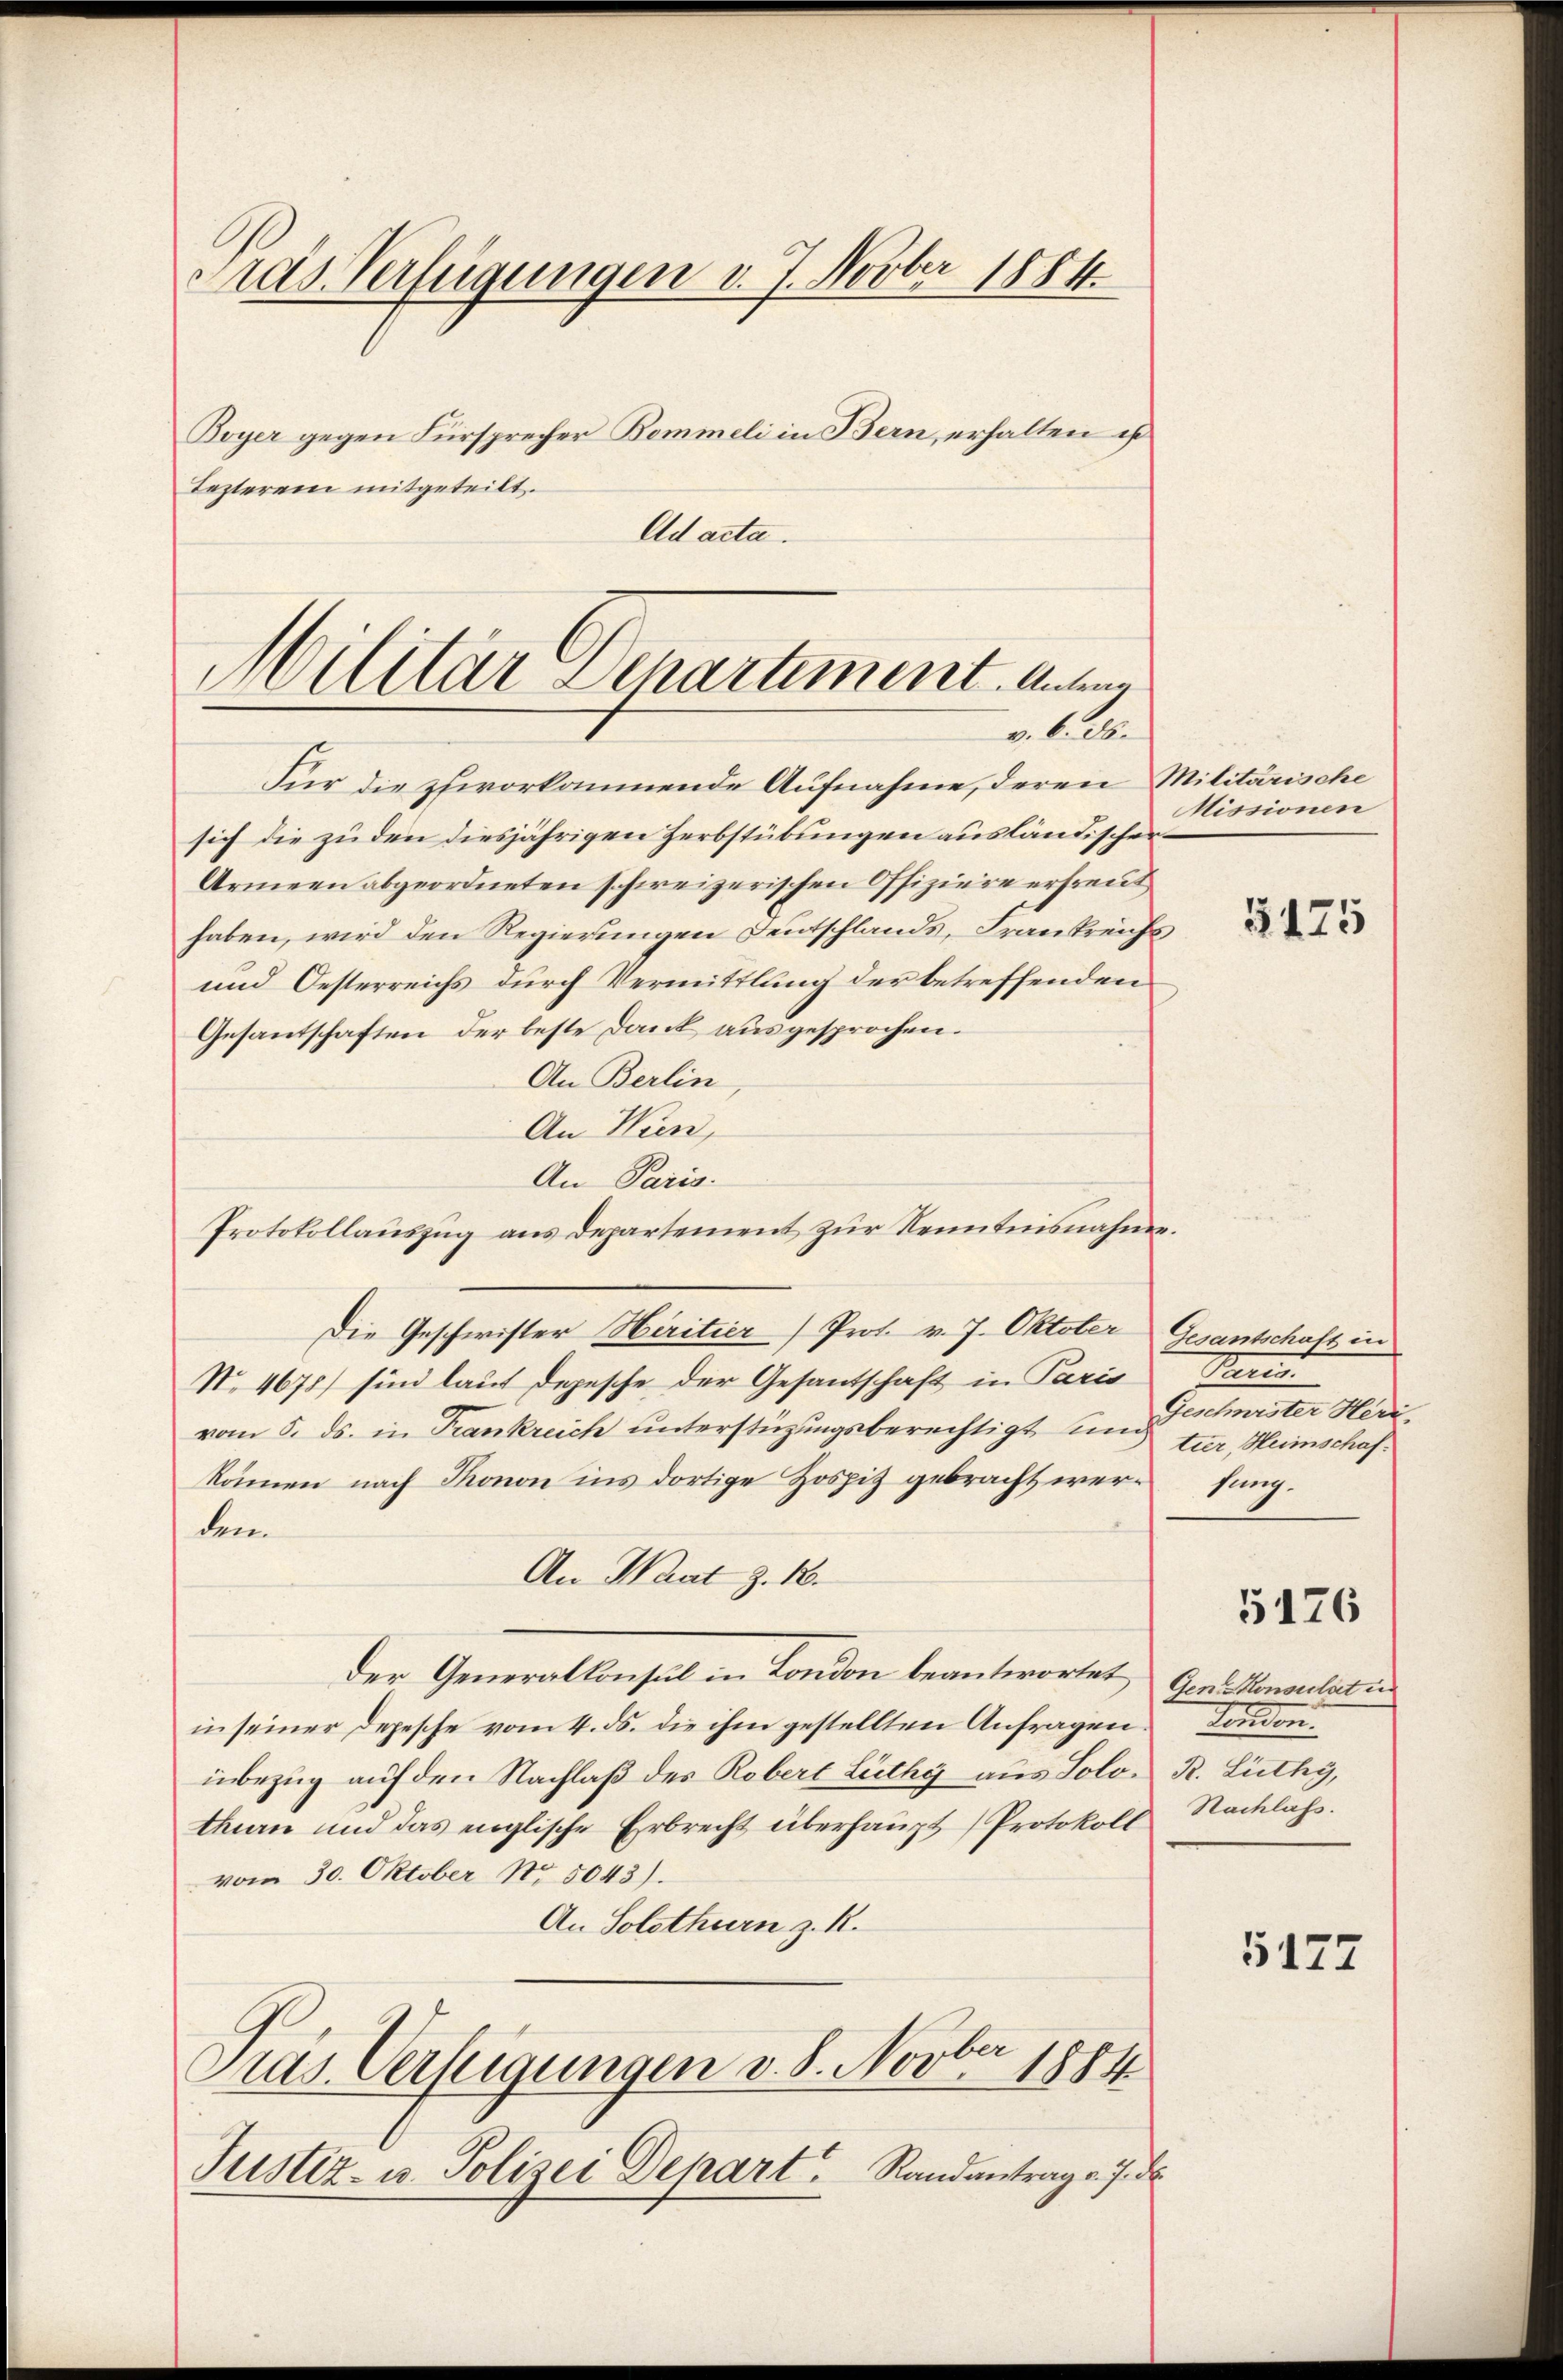
Gras Verfügungen v. J. Novber 1884.
Boyer gegen Fürsprecher Bommeli in Bern, erhalten ist
Tezterem mitgeteilt.

Ad acta.

Militär Departement. Antwor
alben

Für die phivorkommende Aufnahme, deren Militärische
sich die zu den diesjährigen Herbstübungen ausländischer
Armeen abgeordneten schweizerischen Offiziere erfreut
haben, wird den Regierungen Deutschlands, Frankreichs
und Oesterreichs durch Vermittlung der betreffenden
Gesandtschaften der beste Dank ausgesprochen.
An Berlin
An Wien,
An Paris.
Protokollauszug aus Departement zur Kenntnisnahme.
Die Geschwister Hiritier Prot. v. J. Oktober Gesantschaft in
No. 4675) sind laut Depesche der Gesantschaft in Paris
vom 5. ds. in Frankreich unterstüzungsberechtigt und
können nach Thonon ins dortige Hospiz gebracht werdem
An Waat z. 18.
der Generallonsul in London beantwortet, Gerüstensulat in
in seiner Depesche vom 4. ds. die ihm gestellten Anfragen.
inbezug auf den Nachlaß des Robert Lüthy aus Solo- R. Lüthy,
thurn und das englische Erbrecht überhaupt (Protokoll Nachlass.
vom 30. Oktober No. 5043).
An Solothurn z. R.
Präs. Verfügungen v. 8. Novber 1884
Justiz- u. Polizei Depart. Randantrag v. 7. d

Missionen

3175

Pand.
Gentmeister Meditier, Heinschafsung.

5176

Tenden.

5177